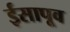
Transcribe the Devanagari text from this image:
ईसापूव